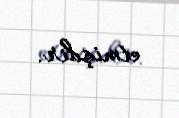
etmişdir.